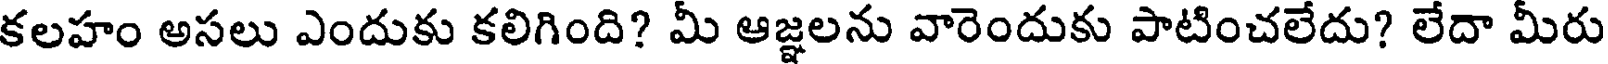
కలహం అసలు ఎందుకు కలిగింది? మీ ఆజ్ఞలను వారెందుకు పాటించలేదు? లేదా మీరు